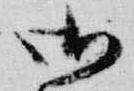
御